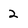
Character: 2